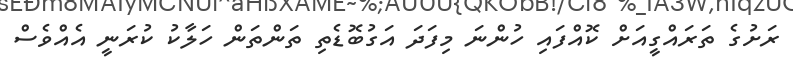
ރަށުގެ ތަރައްގީއަށް ކޮއްފައި ހުންނަ މިފަދަ އަގުބޮޑެތި ތަންތަން ހަލާކު ކުރަނީ އެއްވެސް